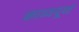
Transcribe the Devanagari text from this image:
काव्यपूर्ण